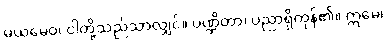
မယမေဝ၊ ငါတို့သည်သာလျှင်။ ပဏ္ဍိတာ၊ ပညာရှိကုန်၏။ ဣမေ၊